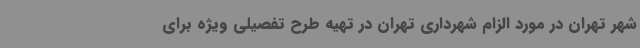
شهر تهران در مورد الزام شهرداری تهران در تهیه طرح تفصیلی ویژه برای